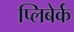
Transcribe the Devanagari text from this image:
प्लिबेर्क